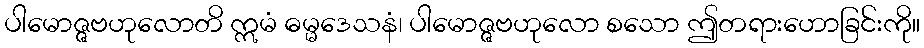
ပါမောဇ္ဇဗဟုလောတိ ဣမံ ဓမ္မဒေသနံ၊ ပါမောဇ္ဇဗဟုလော စသော ဤတရားဟောခြင်းကို။